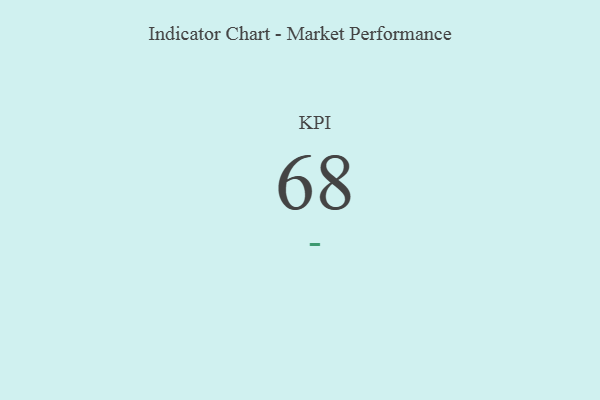
{"axis": {"x": "KPI", "y": "Value"}, "legend": [""], "data": [{"x": "KPI", "y": 68, "type": ""}]}